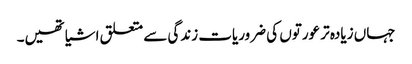
جہاں زیادہ تر عورتوں کی ضروریات زندگی سے متعلق اشیا تھیں۔